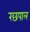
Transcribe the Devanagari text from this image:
रछपाल